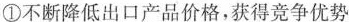
①不断降低出口产品价格，获得竞争优势